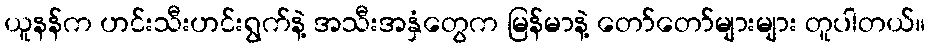
ယူနန်က ဟင်းသီးဟင်းရွက်နဲ့ အသီးအနှံတွေက မြန်မာနဲ့ တော်တော်များများ တူပါတယ်။